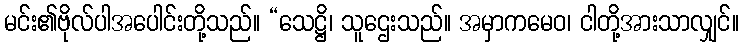
မင်း၏ဗိုလ်ပါအပေါင်းတို့သည်။ “သေဋ္ဌိ၊ သူဌေးသည်။ အမှာကမေဝ၊ ငါတို့အားသာလျှင်။